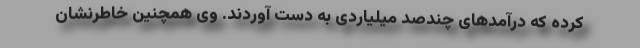
کرده که درآمدهای چندصد میلیاردی به دست آوردند. وی همچنین خاطرنشان